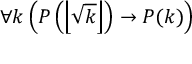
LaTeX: \forall k \left( P \left( \left\lfloor { \sqrt { k } } \right\rfloor \right) \to P ( k ) \right)